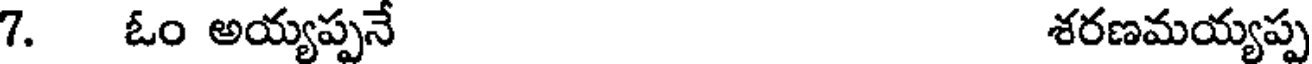
7. ఓం అయ్యప్పనే శరణమయ్యప్ప